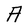
Character: A